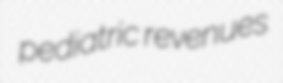
pediatric revenues